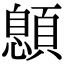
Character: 𩔨